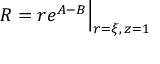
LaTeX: R = r e ^ { A - B } \Big | _ { r = \xi , \, z = 1 }